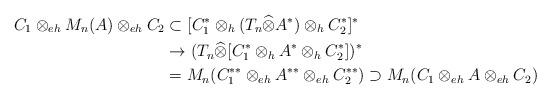
LaTeX: \begin{align*}C_1\otimes_{eh}M_n(A)\otimes_{eh}C_2&\subset [C_1^*\otimes_h (T_n\widehat{\otimes}A^*)\otimes_h C_2^*]^*\\&\to (T_n\widehat{\otimes}[C_1^*\otimes_h A^*\otimes_h C_2^*])^*\\&=M_n (C_1^{**}\otimes_{eh}A^{**}\otimes_{eh}C_2^{**})\supset M_n (C_1\otimes_{eh}A\otimes_{eh}C_2) \end{align*}